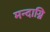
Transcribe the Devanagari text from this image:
मन्‍दाग्नि